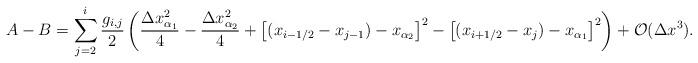
LaTeX: \begin{align*}A-B =\sum_{j=2}^{i}\frac{g_{i,j}}{2} \left( \frac{\Delta x_{\alpha_1}^2}{4} - \frac{\Delta x_{\alpha_2}^2}{4}+ \left[({x_{i-1/2}-x_{j-1}})-x_{\alpha_{2}}\right]^2- \left[({x_{i+1/2}-x_j})-x_{\alpha_{1}}\right]^2\right)+ {\cal O}(\Delta x^3).\end{align*}